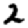
Digit: 2